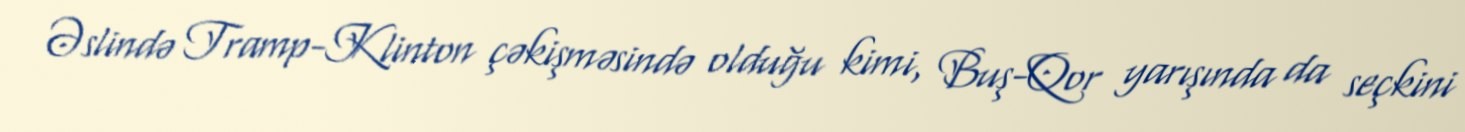
Əslində Tramp-Klinton çəkişməsində olduğu kimi, Buş-Qor yarışında da seçkini